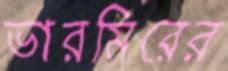
ভারমিরের